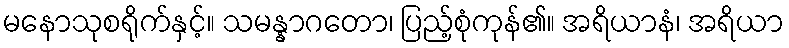
မနောသုစရိုက်နှင့်။ သမန္နာဂတော၊ ပြည့်စုံကုန်၏။ အရိယာနံ၊ အရိယာ